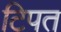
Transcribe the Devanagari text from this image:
टिपत